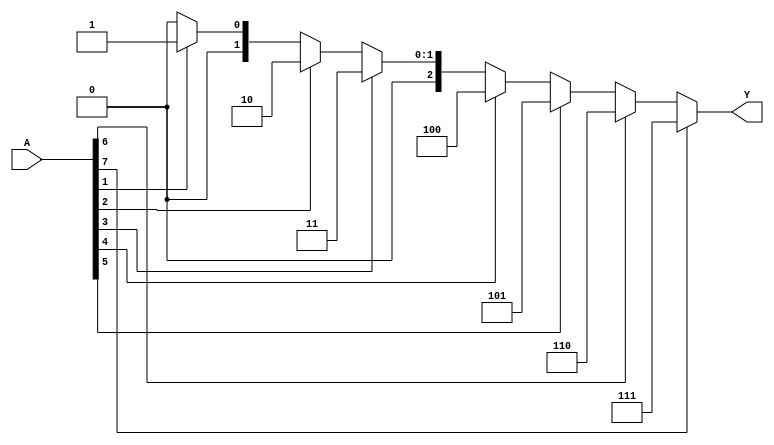
module OctalToBinaryEncoder (
    input  wire [7:0] A,  // 8-bit octal input
    output reg  [2:0] Y   // 3-bit binary output
);

always @(*) begin
    // Default output
    Y = 3'b000; // Default to 0 if no inputs are active

    // Priority encoding
    if (A[7]) Y = 3'b111; // If A[7] is high, output 7
    else if (A[6]) Y = 3'b110; // If A[6] is high, output 6
    else if (A[5]) Y = 3'b101; // If A[5] is high, output 5
    else if (A[4]) Y = 3'b100; // If A[4] is high, output 4
    else if (A[3]) Y = 3'b011; // If A[3] is high, output 3
    else if (A[2]) Y = 3'b010; // If A[2] is high, output 2
    else if (A[1]) Y = 3'b001; // If A[1] is high, output 1
    else if (A[0]) Y = 3'b000; // If A[0] is high, output 0
end

endmodule